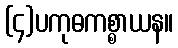
(၄)ပကုဓကစ္စာယန။